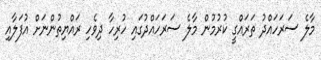
މާލެ ސަރަހައްދު ތަރައްގީ ކުރުމުން މާލެ ސަރަހައްދުގައި ހުރިހާ ދިވެހި ރައްޔިތުންނަށް އުފަލާއި